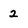
Character: 2